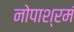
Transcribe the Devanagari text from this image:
नोपाश्रमं